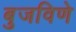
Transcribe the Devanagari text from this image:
बुजविणे